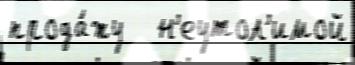
прода́жу   н'еутол'имой